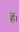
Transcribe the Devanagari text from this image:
र्हे।